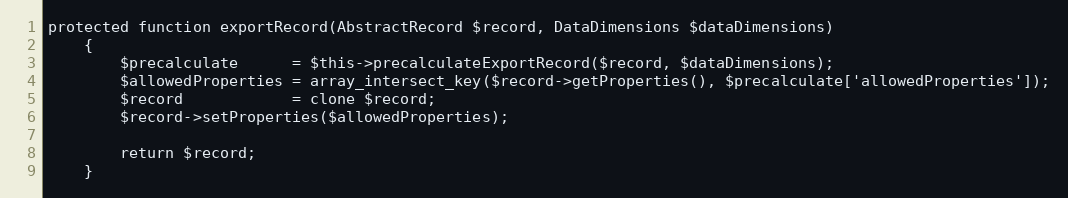
Language: PHP
protected function exportRecord(AbstractRecord $record, DataDimensions $dataDimensions)
    {
        $precalculate      = $this->precalculateExportRecord($record, $dataDimensions);
        $allowedProperties = array_intersect_key($record->getProperties(), $precalculate['allowedProperties']);
        $record            = clone $record;
        $record->setProperties($allowedProperties);

        return $record;
    }